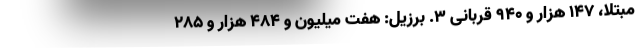
مبتلا، ۱۴۷ هزار و ۹۴۰ قربانی ۳. برزیل: هفت میلیون و ۴۸۴ هزار و ۲۸۵